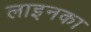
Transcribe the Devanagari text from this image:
लाइनका